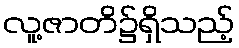
လူ့ဇာတိ၌ရှိသည့်